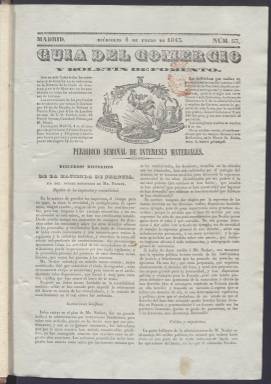
Título: Guía del comercio y boletín de fomento
Colección: Economía || Periódicos anteriores a 1850
Ámbito geográfico: Madrid
Lugar de publicación: Madrid
Fechas: 04/01/1843-31/03/1847